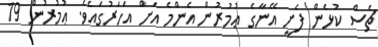
ޗެސް ކުޅެން ފެށީ އޭނާގެ ޢުމުރުން އެންމެ އަށް އަހަރުގައެވެ. ޢުމުރުން 19